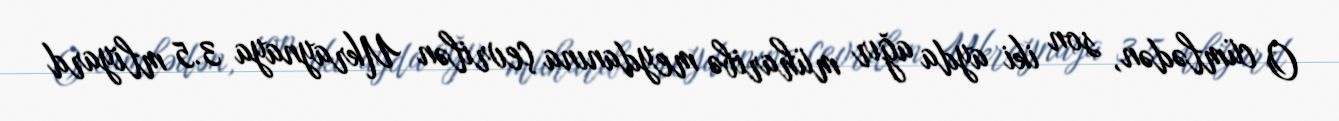
O cümlədən, son iki ayda ağır müharibə meydanına çevrilən Ukraynaya 3.5 mliyard